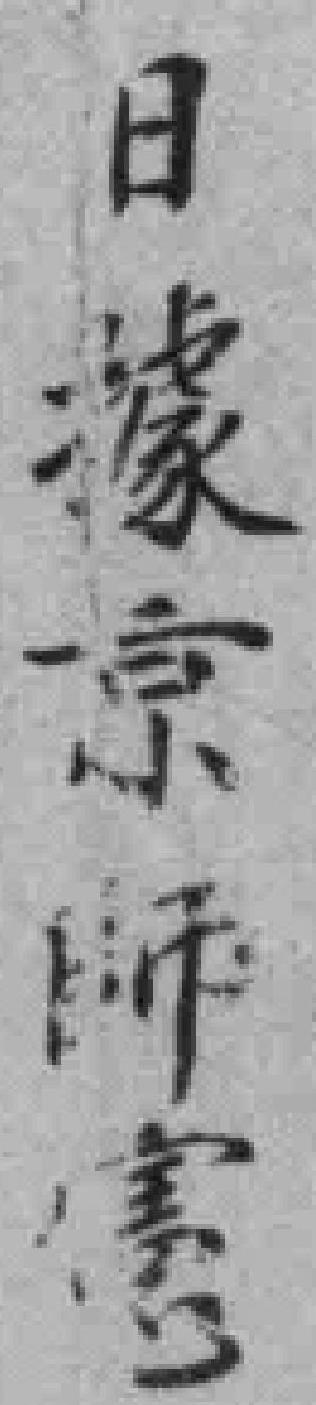
日據京师*